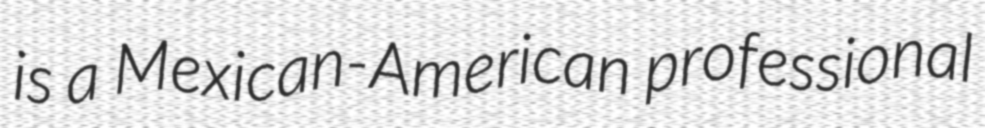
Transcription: is a Mexican-American professional